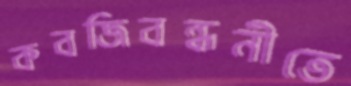
কবজিবন্ধনীতে